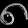
Digit: ၈